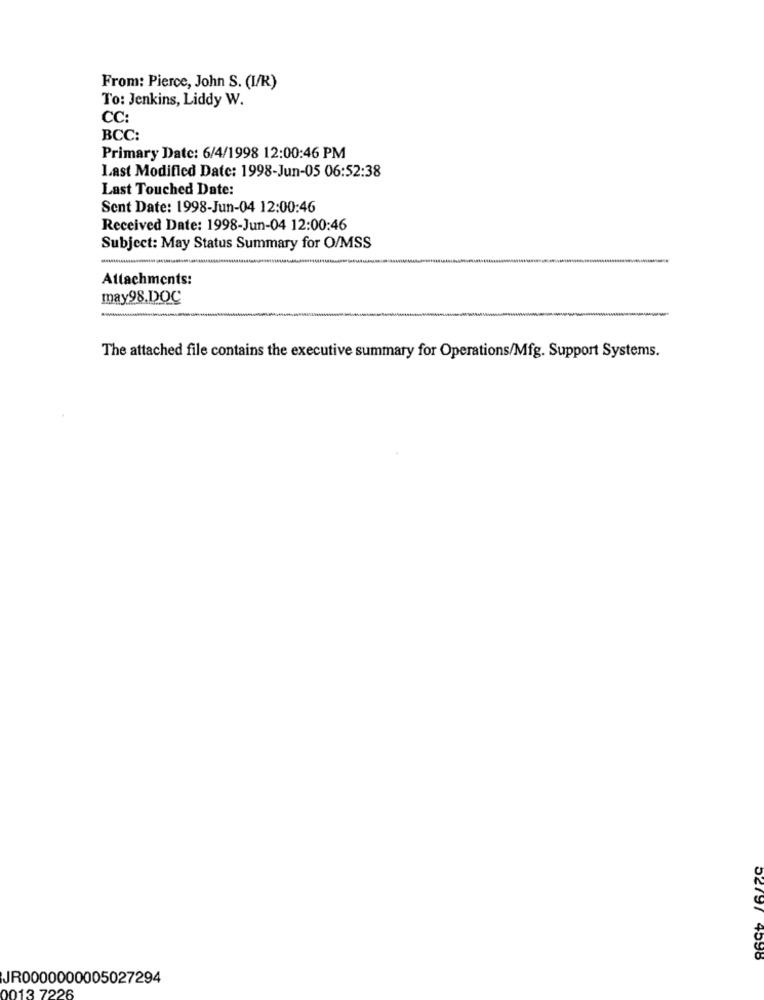
From: Pierce, John S. (I/R)
To: Jenkins, Liddy W.
CC:
BCC:
Primary Date: 6/4/1998 12:00:46 PM
Last Modified Date: 1998-Jun-05 06:52:38
Last Touched Date:
Sent Date: 1998-Jun-04 12:00:46
Received Date: 1998-Jun-04 12:00:46
Subject: May Status Summary for O/MSS
Attachments:
may98.DOC
The attached file contains the executive summary for Operations/Mfg. Support Systems.
52797 4598
JR0000000005027294
0013 7226